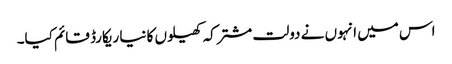
اس میں انہوں نے دولت مشترکہ کھیلوں کا نیا ریکارڈ قائم کیا۔